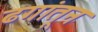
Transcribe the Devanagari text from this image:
ढगांतून